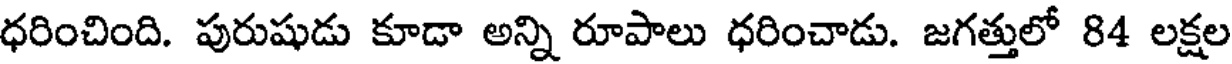
ధరించింది. పురుషుడు కూడా అన్ని రూపాలు ధరించాడు. జగత్తులో 84 లక్షల